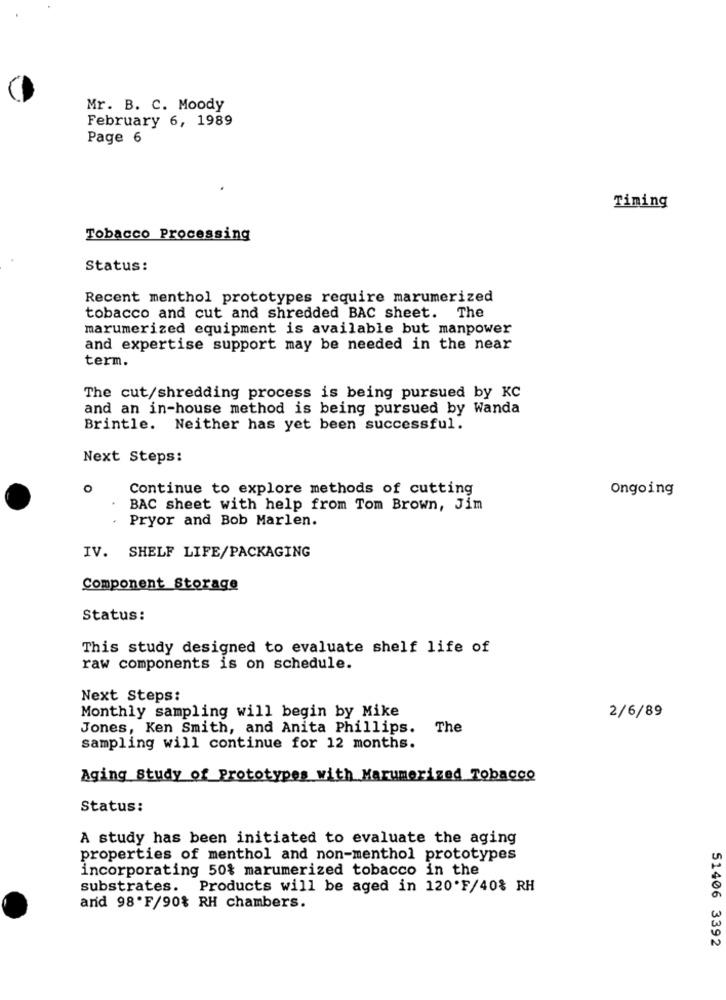
Mr. B. C. Moody
February 6, 1989
Page 6
Timing
Tobacco Processing
Status:
Recent menthol prototypes require marumerized
tobacco and cut and shredded BAC sheet. The
marumerized equipment is available but manpower
and expertise support may be needed in the near
term.
The cut/shredding process is being pursued by KC
and an in-house method is being pursued by Wanda
Brintle. Neither has yet been successful.
Next Steps:
O
Continue to explore methods of cutting
Ongoing
BAC sheet with help from Tom Brown, Jim
.
Pryor and Bob Marlen.
IV. SHELF LIFE/PACKAGING
Component Storage
Status:
This study designed to evaluate shelf life of
raw components is on schedule.
Next Steps:
Monthly sampling will begin by Mike
2/6/89
Jones, Ken Smith, and Anita Phillips. The
sampling will continue for 12 months.
Aging Study of Prototypes with Marumerized Tobacco
Status:
A study has been initiated to evaluate the aging
properties of menthol and non-menthol prototypes
incorporating 50% marumerized tobacco in the
substrates. Products will be aged in 120'F/40% RH
and 98.F/90% RH chambers.
51406 3392